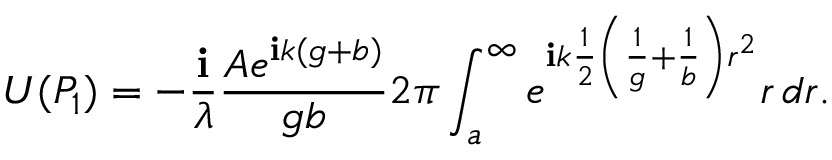
U ( P _ { 1 } ) = - { \frac { \mathbf { i } } { \lambda } } { \frac { A e ^ { \mathbf { i } k ( g + b ) } } { g b } } 2 \pi \int _ { a } ^ { \infty } e ^ { \mathbf { i } k { \frac { 1 } { 2 } } \left( { \frac { 1 } { g } } + { \frac { 1 } { b } } \right) r ^ { 2 } } r \, d r .